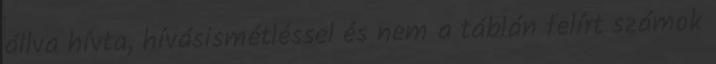
állva hívta, hívásismétléssel és nem a táblán felírt számok